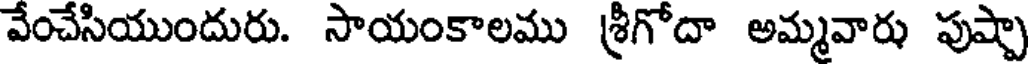
వేంచేసియుందురు. సాయంకాలము శ్రీగోదా అమ్మవారు పుష్పా